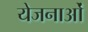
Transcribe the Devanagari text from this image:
येजनाओं